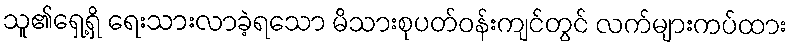
သူ၏ရှေ့ရှိ ရေးသားလာခဲ့ရသော မိသားစုပတ်ဝန်းကျင်တွင် လက်များကပ်ထား